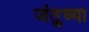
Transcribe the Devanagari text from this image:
जंतुच्या